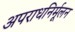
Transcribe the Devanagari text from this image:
अपराधनिर्मूलन